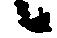
候